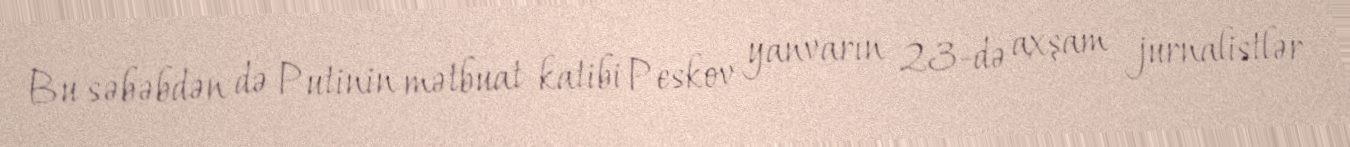
Bu səbəbdən də Putinin mətbuat katibi Peskov yanvarın 23-də axşam jurnalistlər